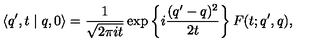
\langle q ^ { \prime } , t \mid q , 0 \rangle = \frac { 1 } { \sqrt { 2 \pi i t } } \exp \left\{ i \frac { ( q ^ { \prime } - q ) ^ { 2 } } { 2 t } \right\} F ( t ; q ^ { \prime } , q ) ,